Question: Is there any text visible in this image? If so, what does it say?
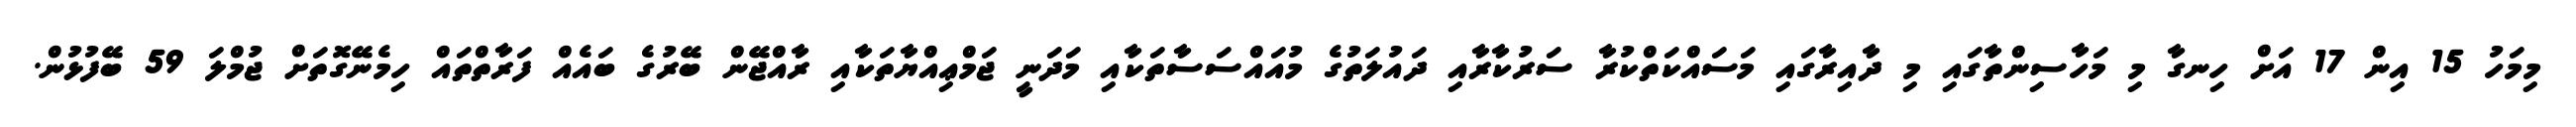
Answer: މިމަހު 15 އިން 17 އަށް ހިނގާ މި މަހާސިންތާގައި މި ދާއިރާގައި މަސައްކަތްކުރާ ސަރުކާރާއި ދައުލަތުގެ މުއައްސަސާތަކާއި މަދަނީ ޖަމްޢިއްޔާތަކާއި ރާއްޖޭން ބޭރުގެ ބައެއް ފަރާތްތައް ހިމެނޭގޮތަށް ޖުމްލަ 59 ބޭފުޅުން.